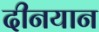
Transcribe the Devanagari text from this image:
दीनयान